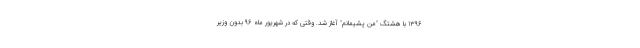
1396 با هشتگ "من پشیمانم" آغاز شد. وقتی که در شهریور ماه 96 بدون وزیر